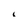
Character: i